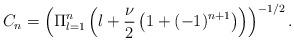
LaTeX: \begin{align*}C_{n}=\left(\Pi_{l=1}^{n}\left(l+\frac{\nu}{2}\left(1+(-1)^{n+1}\right)\right) \right)^{-1/2}.\end{align*}